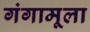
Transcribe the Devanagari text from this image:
गंगामूला